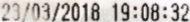
23/03/2018 19:08:32